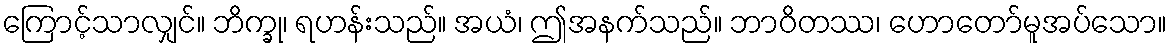
ကြောင့်သာလျှင်။ ဘိက္ခု၊ ရဟန်းသည်။ အယံ၊ ဤအနက်သည်။ ဘာဝိတဿ၊ ဟောတော်မူအပ်သော။